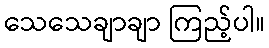
သေသေချာချာ ကြည့်ပါ။